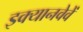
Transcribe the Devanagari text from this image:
इक्यानवेवें